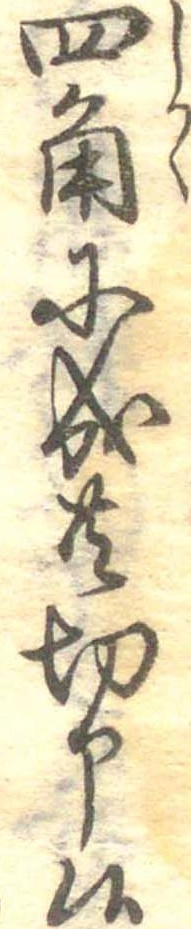
四角に成共切申候